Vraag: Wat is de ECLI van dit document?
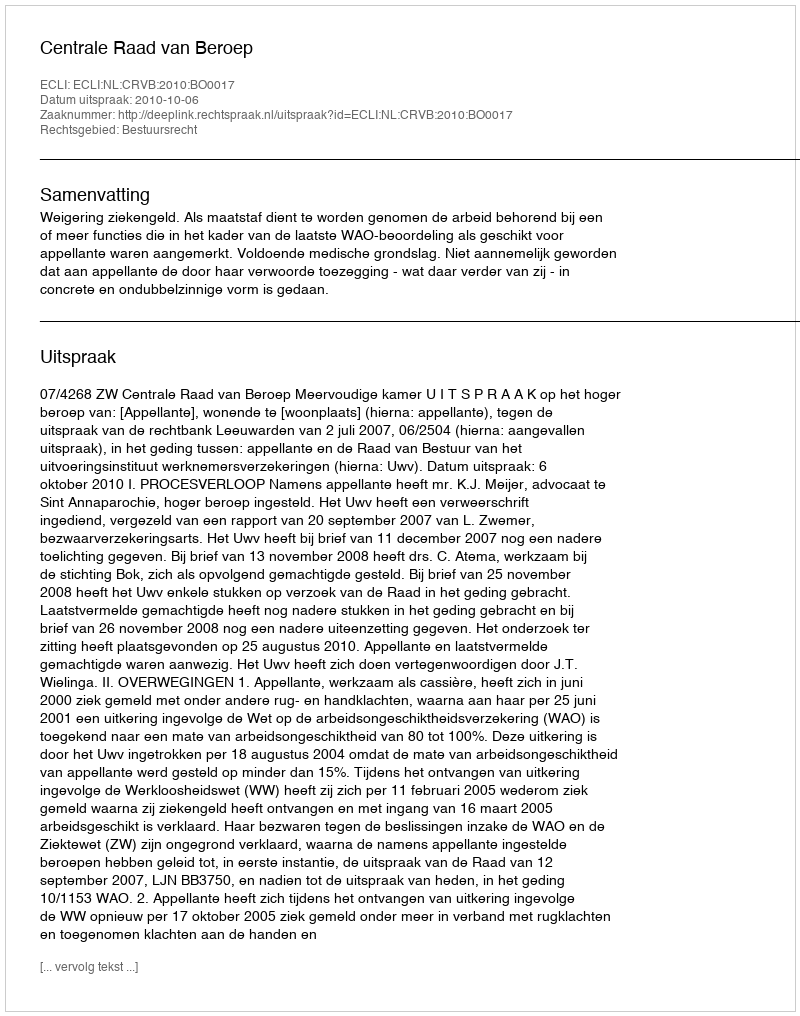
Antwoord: ECLI:NL:CRVB:2010:BO0017